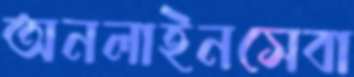
অনলাইনসেবা